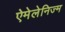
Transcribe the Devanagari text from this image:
ऐमेलेनिज्म